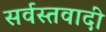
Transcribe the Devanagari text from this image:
सर्वस्तवादी